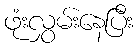
ဖုံးလွှမ်းနေပြီး